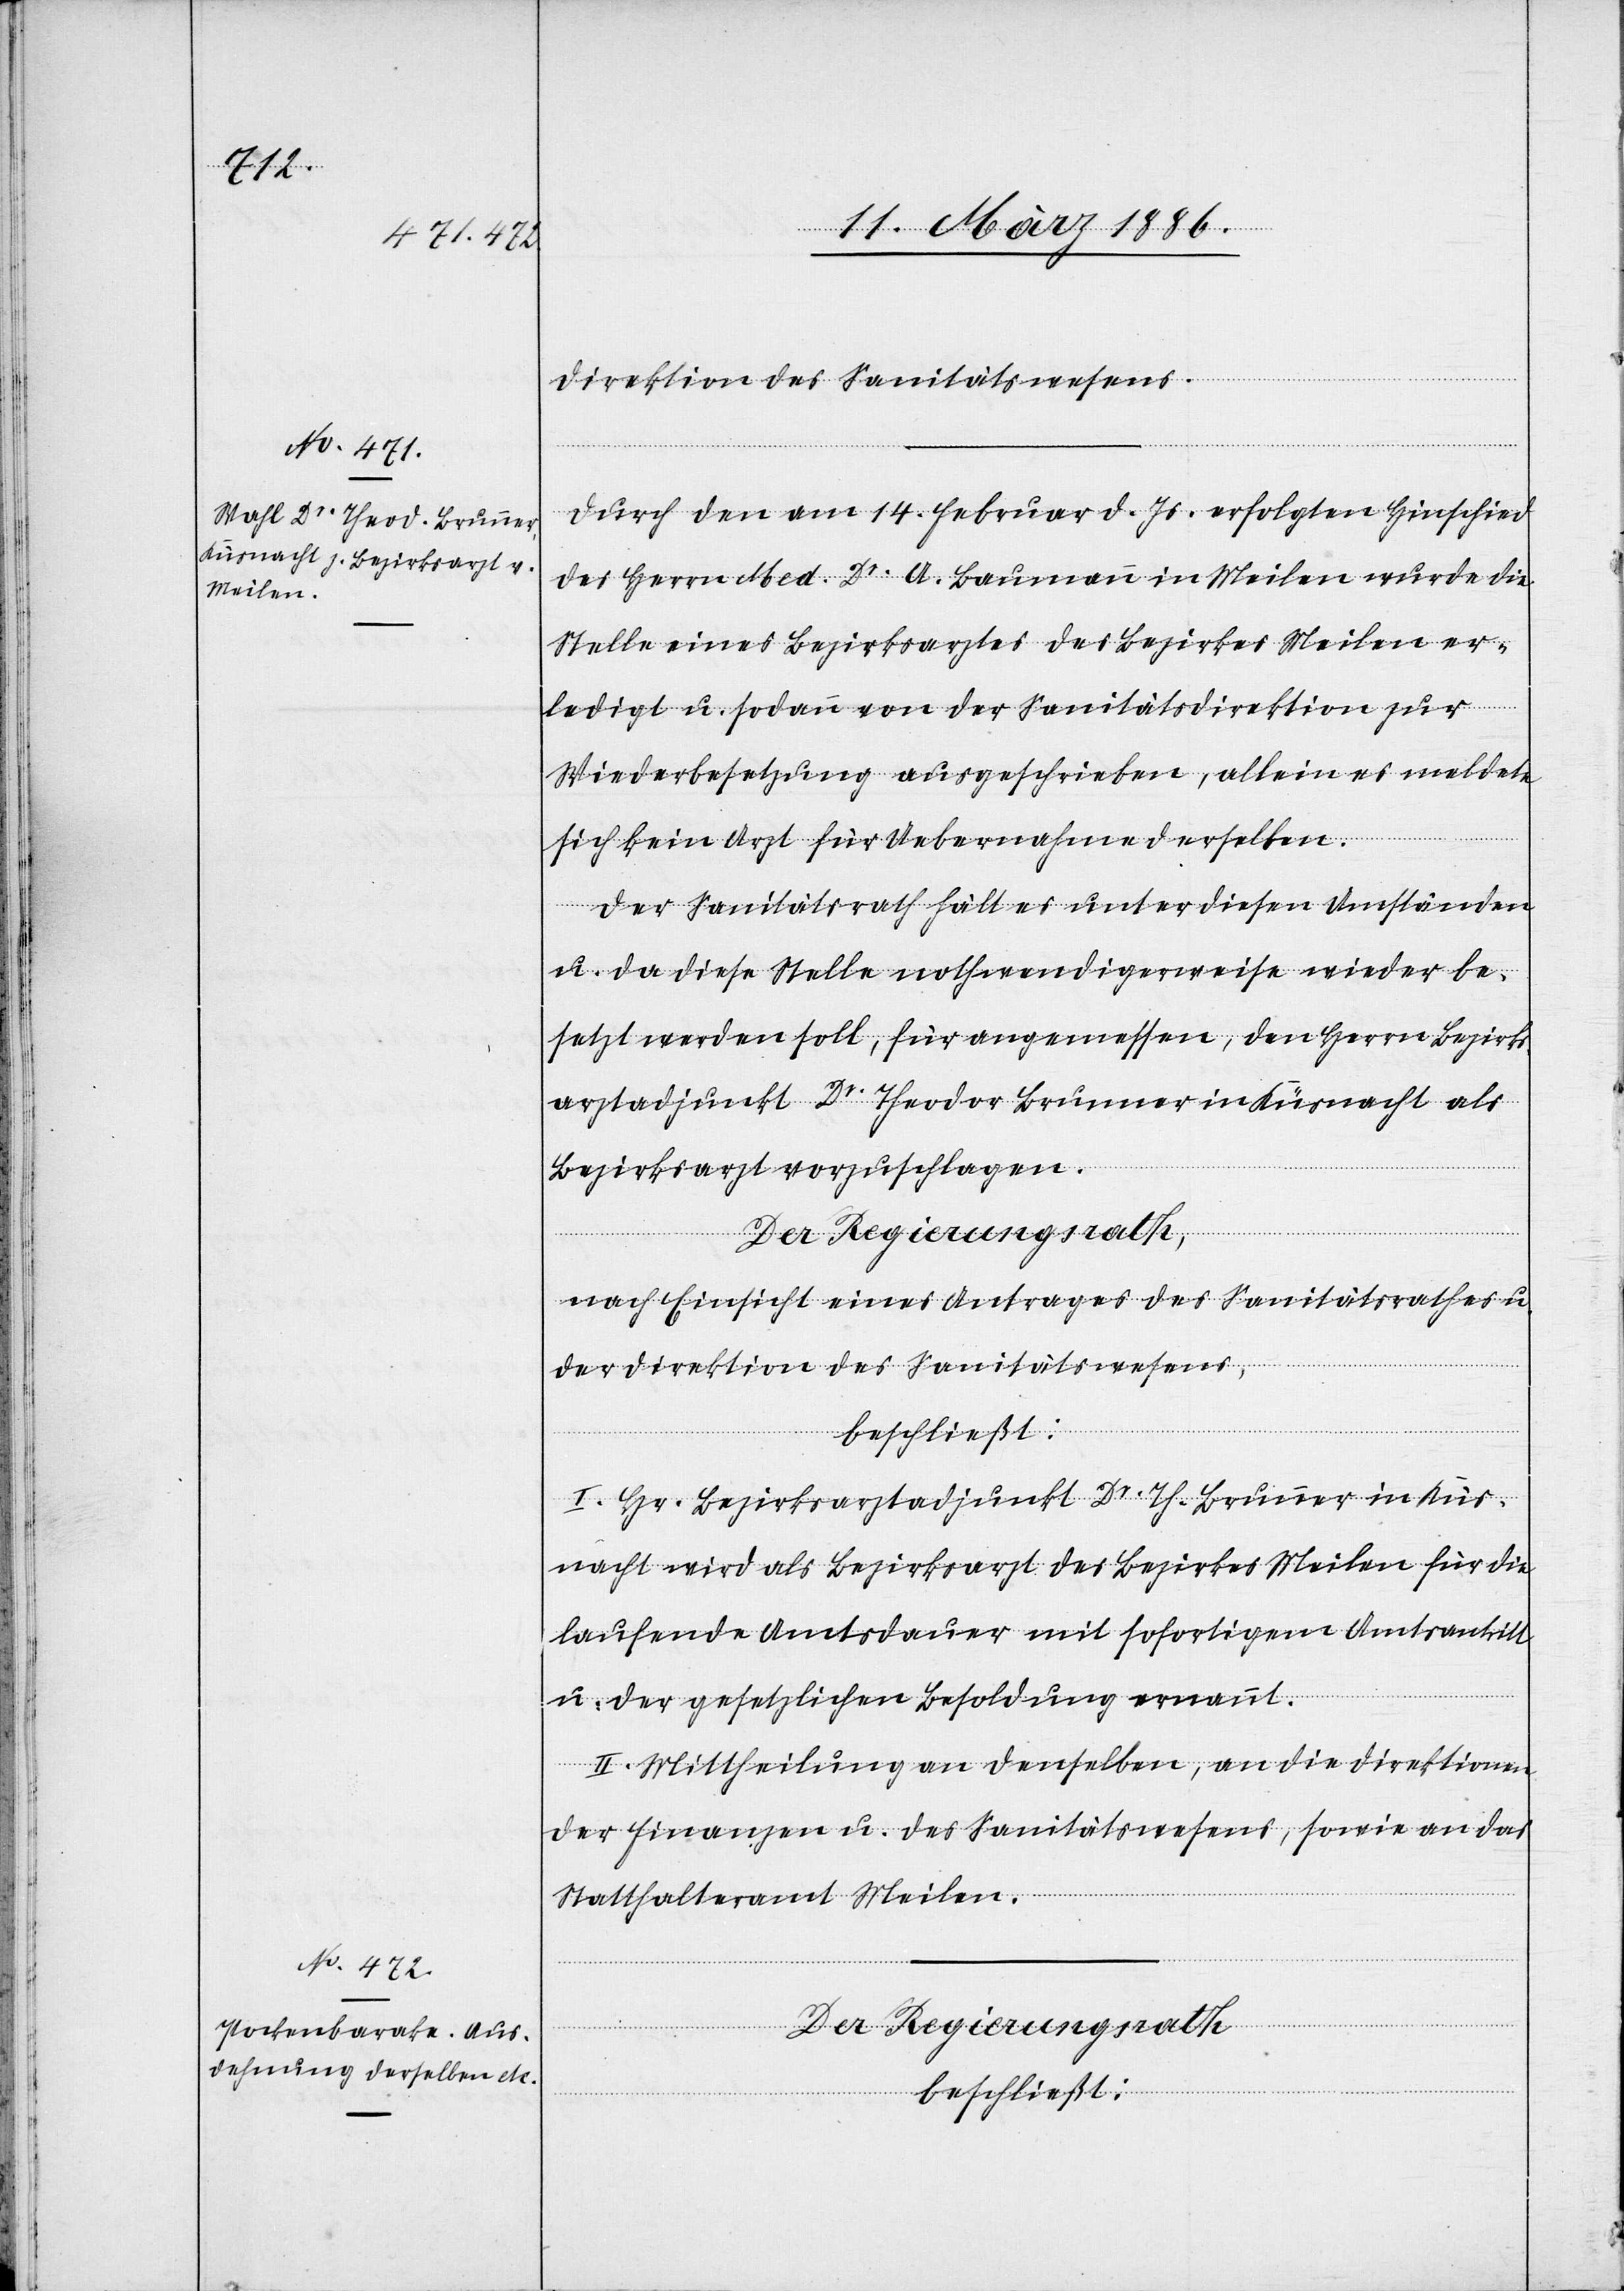
Direktion des Sanitätswesens.
Durch den am 14. Februar d. Js. erfolgten Hinschied
des Herrn Med. Dr. A. Baumann in Meilen wurde die
Stelle eines Bezirksarztes des Bezirkes Meilen er¬
ledigt u. sodann von der Sanitätsdirektion zur
Wiederbesetzung ausgeschrieben, allein es meldete
sich kein Arzt für Uebernahme derselben.
Der Sanitätsrath hält es unter diesen Umständen
u. da diese Stelle nothwendigerweise wieder be¬
setzt werden soll, für angemessen, den Herrn Bezirks¬
arztadjunkt Dr. Theodor Brunner in Küsnacht als
Bezirksarzt vorzuschlagen.
Der Regierungsrath
nach Einsicht eines Antrages der Sanitätsrathes u.
der Direktion des Sanitätswesens,
beschließt:
I. Hr. Bezirksarztadjunkt Dr. Th. Brunner in Küs¬
nacht wird als Bezirksarzt des Bezirkes Meilen für die
laufende Amtsdauer mit sofortigem Amtsantritt
u. der gesetzlichen Besoldung ernannt.
II. Mittheilung an denselben, an die Direktionen
der Finanzen u. des Sanitätswesens, sowie an das
Statthalteramt Meilen.
beschließt: